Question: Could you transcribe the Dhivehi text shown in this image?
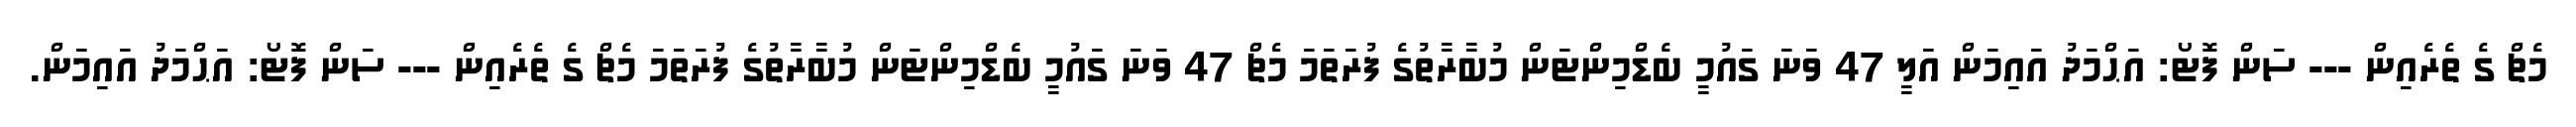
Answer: މެޗް ގެ ތެރެއިން --- ސަން ފޮޓޯ: އަޙްމަދު އައިމަން އަލީ 47 ވަނަ ގައުމީ ބެޑްމިންޓަން މުބާރާތުގެ ފުރަތަމަ މެޗް 47 ވަނަ ގައުމީ ބެޑްމިންޓަން މުބާރާތުގެ ފުރަތަމަ މެޗް ގެ ތެރެއިން --- ސަން ފޮޓޯ: އަޙްމަދު އައިމަން.